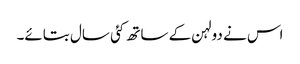
اس نے دولہن کے ساتھ کئی سال بتائے۔